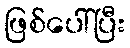
ဖြစ်ပေါ်ပြီး